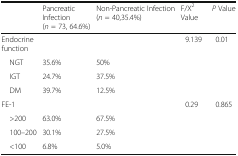
<table><thead><tr><td></td><td><b>Pancreatic Infection(<i>n</i> = 73, 64.6%)</b></td><td><b>Non-Pancreatic Infection(<i>n</i> = 40,35.4%)</b></td><td><b>F/X<sup>2</sup> Value</b></td><td><b><i>P</i> Value</b></td></tr></thead><tbody><tr><td>Endocrine function</td><td></td><td></td><td>9.139</td><td>0.01</td></tr><tr><td> NGT</td><td>35.6%</td><td>50%</td><td></td><td></td></tr><tr><td> IGT</td><td>24.7%</td><td>37.5%</td><td></td><td></td></tr><tr><td> DM</td><td>39.7%</td><td>12.5%</td><td></td><td></td></tr><tr><td>FE-1</td><td></td><td></td><td>0.29</td><td>0.865</td></tr><tr><td> &gt;200</td><td>63.0%</td><td>67.5%</td><td></td><td></td></tr><tr><td> 100–200</td><td>30.1%</td><td>27.5%</td><td></td><td></td></tr><tr><td> &lt;100</td><td>6.8%</td><td>5.0%</td><td></td><td></td></tr></tbody></table>